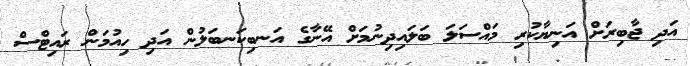
އަދި ޖާބިރަށް އަނިޔާކުރި މައްސަލަ ބަލައިދިނުމަށް އޭނާގެ އަނބިކަނބަލުން އަދި ހިއުމަން ރައިޓްސް